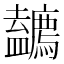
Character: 𱝐